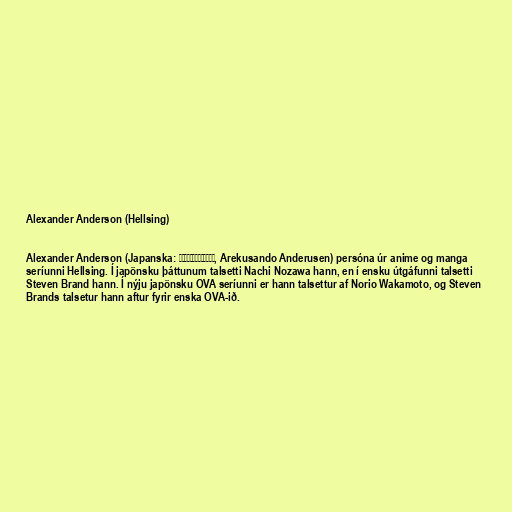
Alexander Anderson (Hellsing)

Alexander Anderson (Japanska: アレクサンド・アンデルセン, Arekusando Anderusen) persóna úr anime og manga
seríunni Hellsing. Í japönsku þáttunum talsetti Nachi Nozawa hann, en í ensku útgáfunni talsetti
Steven Brand hann. Í nýju japönsku OVA seríunni er hann talsettur af Norio Wakamoto, og Steven
Brands talsetur hann aftur fyrir enska OVA-ið.